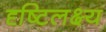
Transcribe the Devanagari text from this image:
दृष्टिलक्ष्य